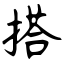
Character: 搭